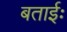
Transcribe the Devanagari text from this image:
बताईः